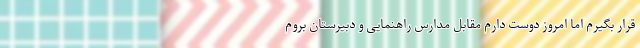
قرار بگیرم اما امروز دوست دارم مقابل مدارس راهنمایی و دبیرستان بروم